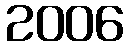
2006